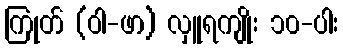
ကြုတ် (ဝါ-ဖာ) လှူရကျိုး ၁၀-ပါး